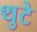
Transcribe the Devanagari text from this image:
थुटे